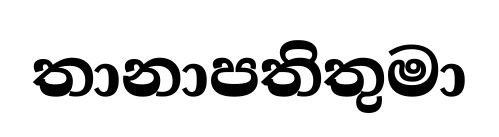
තානාපතිතුමා